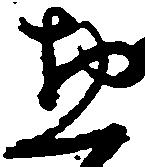
惣